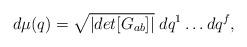
LaTeX: \begin{align*}d\mu(q)=\sqrt{|det[G_{ab}]|}\;dq^{1}\ldots dq^{f},\end{align*}